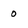
Character: 0